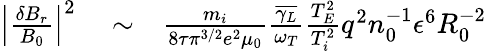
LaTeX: \begin{array}{rlr}{\left\lvert\frac{\delta B_{r}}{B_{0}}\right\rvert^{2}}&{{}\sim}&{\frac{m_{i}}{8\tau\pi^{3/2}e^{2}\mu_{0}}\frac{\overline{{\gamma_{L}}}}{\omega_{T}}\frac{T_{E}^{2}}{T_{i}^{2}}q^{2}n_{0}^{-1}\epsilon^{6}R_{0}^{-2}}\end{array}